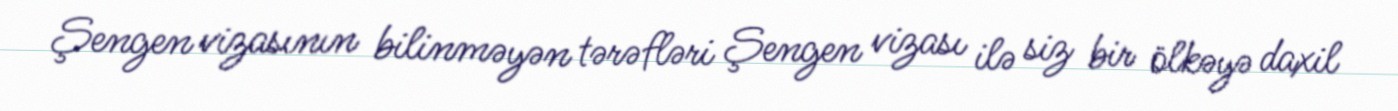
Şengen vizasının bilinməyən tərəfləri Şengen vizası ilə siz bir ölkəyə daxil